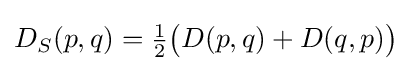
D_{S}(p,q)=\textstyle {\frac {1}{2}}{\big (}D(p,q)+D(q,p){\big )}